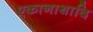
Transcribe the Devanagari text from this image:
एकानाथादि